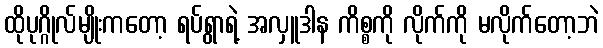
ထိုပုဂ္ဂိုလ်မျိုးကတော့ ရပ်ရွာရဲ့ အလှူဒါန ကိစ္စကို လိုက်ကို မလိုက်တော့ဘဲ